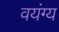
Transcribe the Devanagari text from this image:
वयंग्य